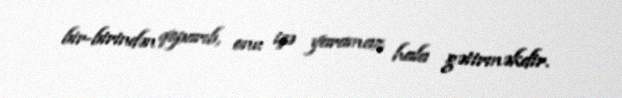
bir-birindən qoparıb, onu işə yaramaz hala gətirməkdir.